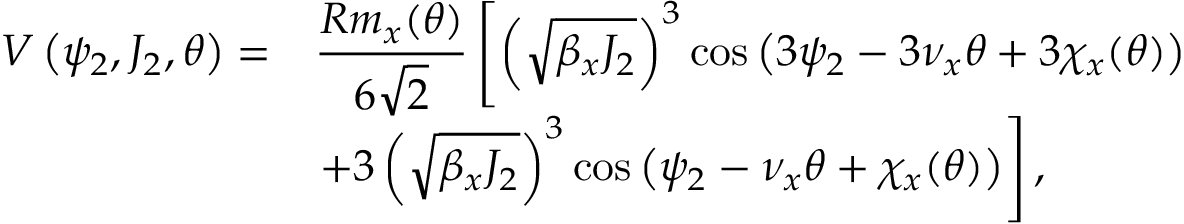
\begin{array} { c l } { \displaystyle V \left( \psi _ { 2 } , J _ { 2 } , \theta \right) = } & { \displaystyle \frac { R m _ { x } ( \theta ) } { 6 \sqrt 2 } \left[ \left( \sqrt { \beta _ { x } J _ { 2 } } \right) ^ { 3 } \cos \left( 3 \psi _ { 2 } - 3 \nu _ { x } \theta + 3 \chi _ { x } ( \theta ) \right) \right. } \\ { \displaystyle } & { \displaystyle \left. + 3 \left( \sqrt { \beta _ { x } J _ { 2 } } \right) ^ { 3 } \cos \left( \psi _ { 2 } - \nu _ { x } \theta + \chi _ { x } ( \theta ) \right) \right] , } \end{array}